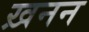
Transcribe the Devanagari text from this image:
ख़नन